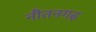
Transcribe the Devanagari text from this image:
नौतनगढ़